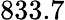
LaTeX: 833.7